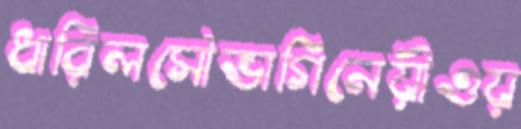
ধারিলসৌভাগিনেয়ীওয়